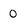
Character: 0